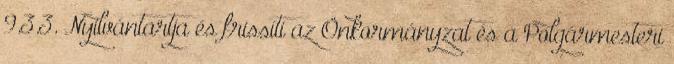
9.3.3. Nyilvántartja és frissíti az Önkormányzat és a Polgármesteri